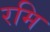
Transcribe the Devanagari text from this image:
रमि